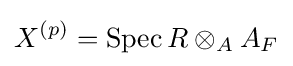
X^{(p)}=\operatorname {Spec} R\otimes _{A}A_{F}